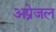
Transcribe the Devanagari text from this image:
अप्रेजल